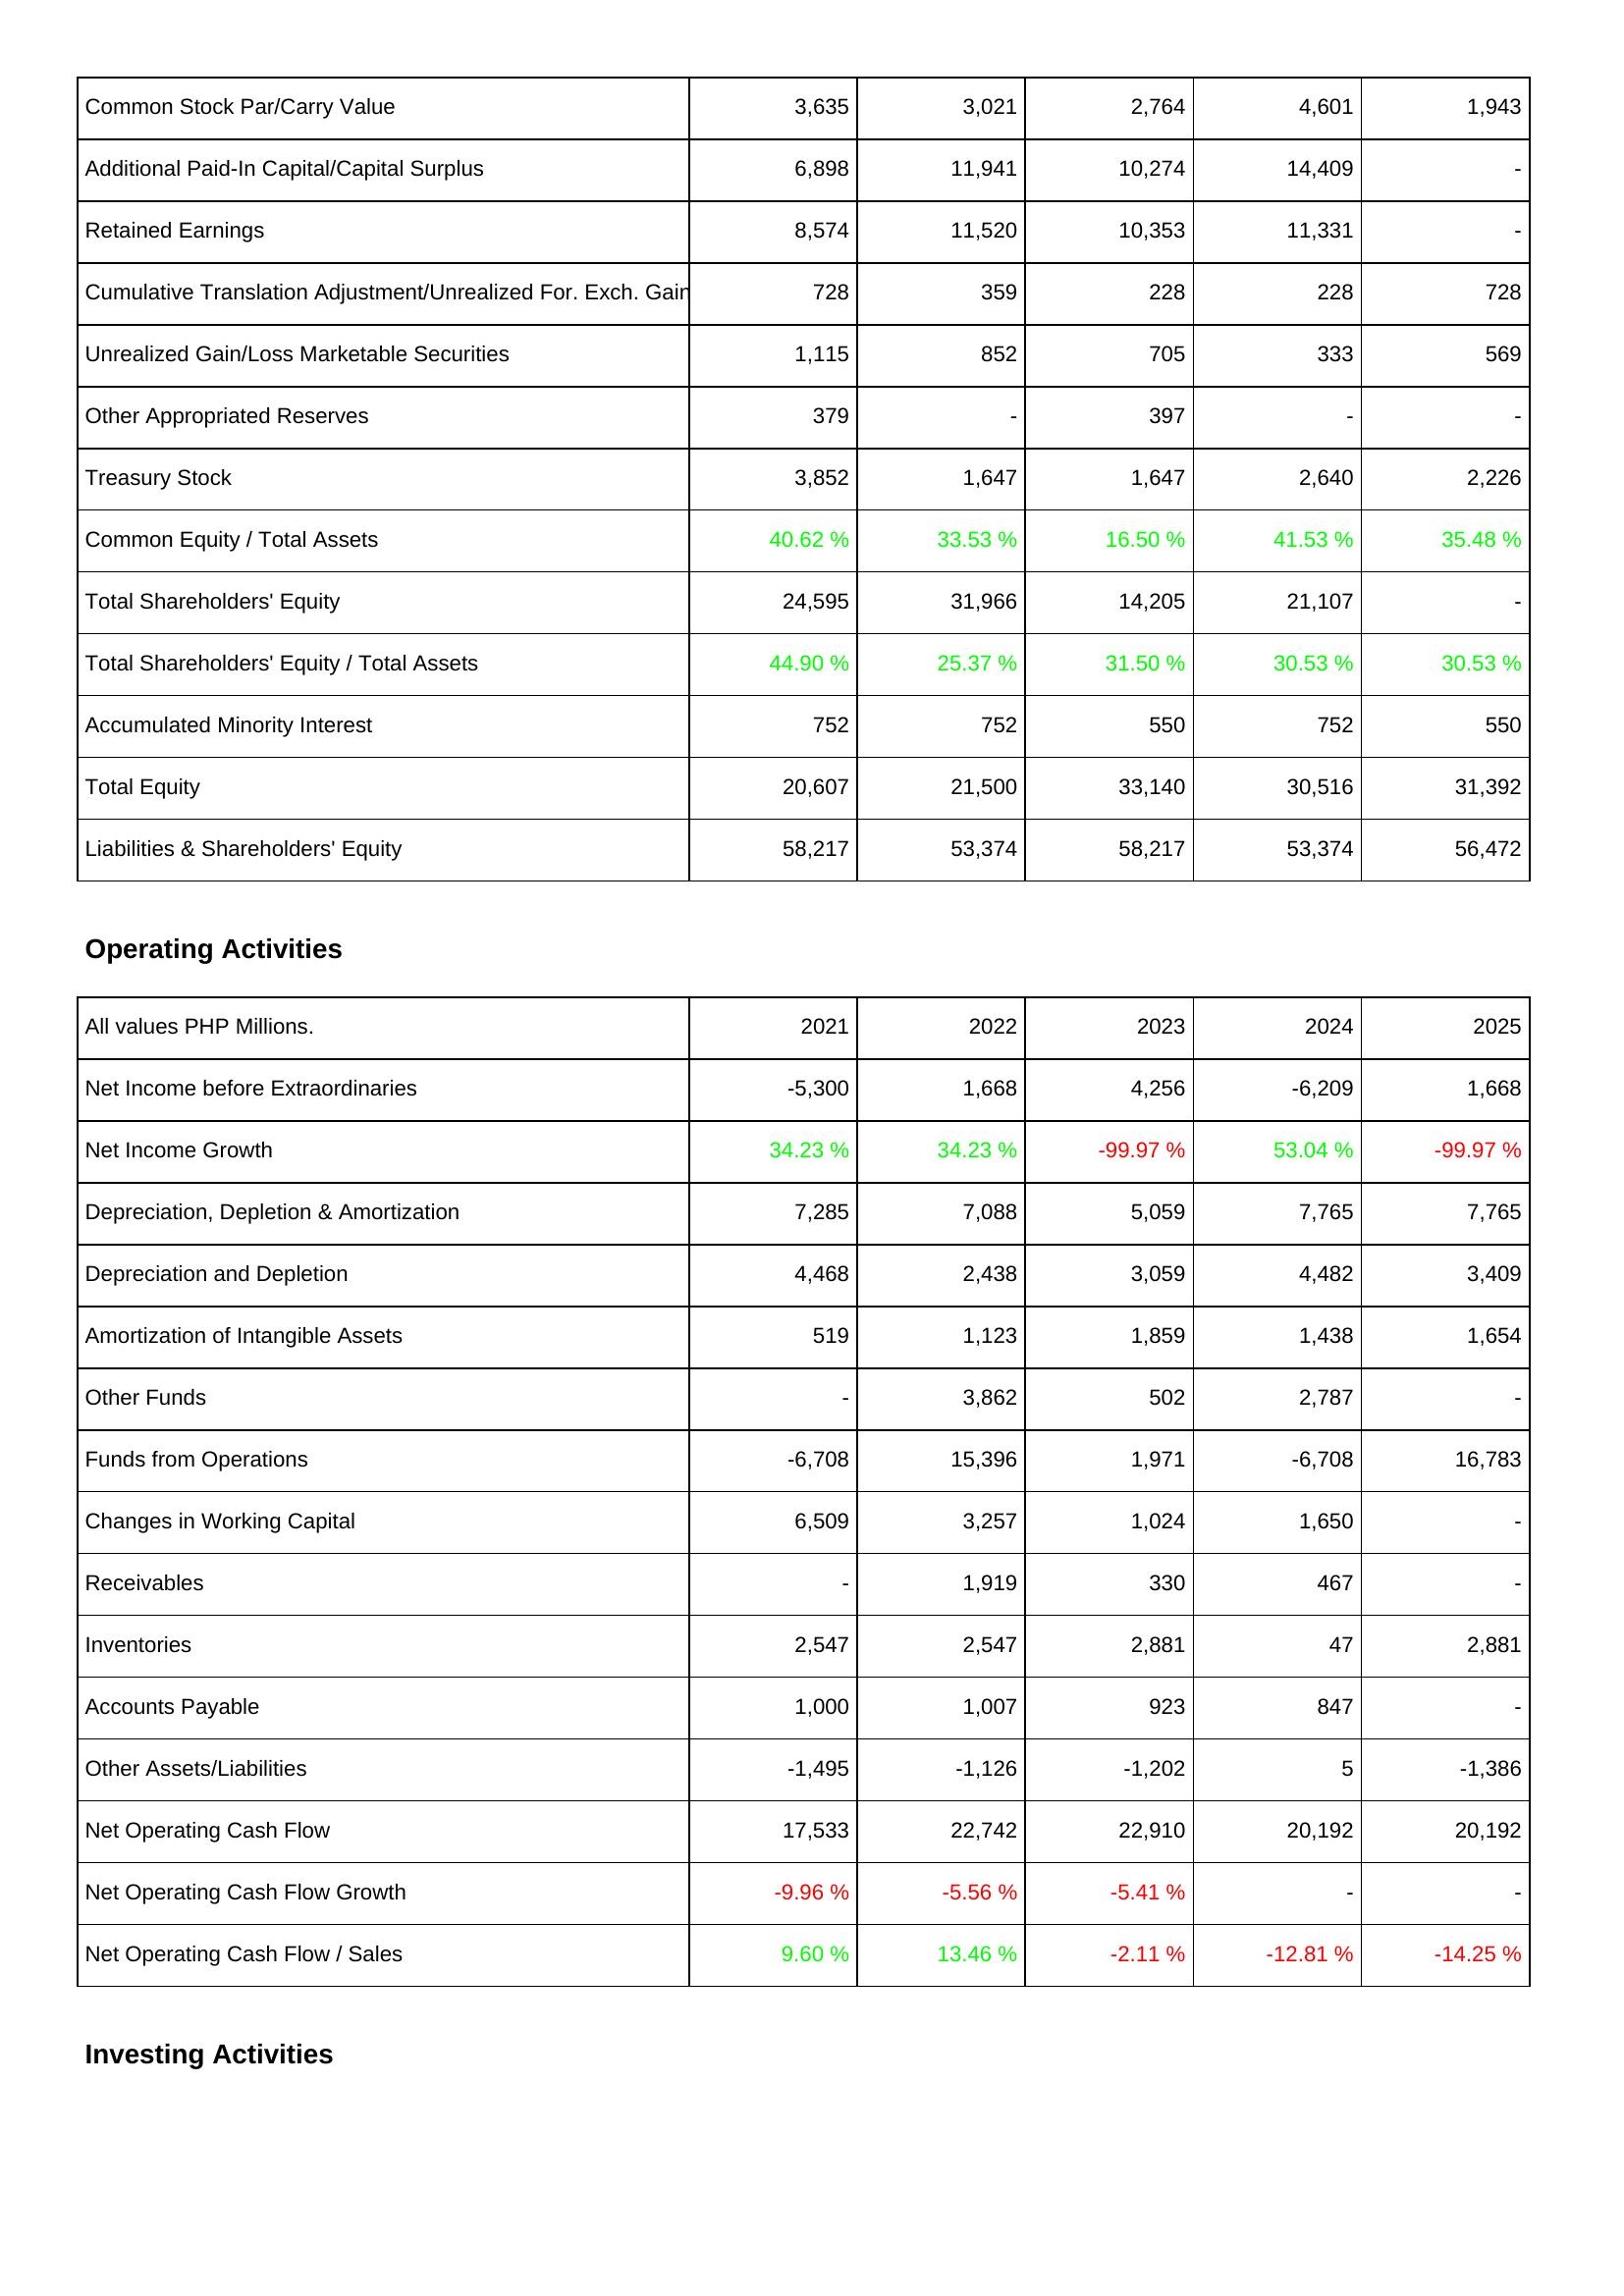
2021: Liabilities & Shareholders' Equity: Common Stock Par/Carry Value: 3,635
Additional Paid-In Capital/Capital Surplus: 6,898
Retained Earnings: 8,574
Cumulative Translation Adjustment/Unrealized For. Exch. Gain: 728
Unrealized Gain/Loss Marketable Securities: 1,115
Other Appropriated Reserves: 379
Treasury Stock: 3,852
Common Equity / Total Assets: 40.62 %
Total Shareholders' Equity: 24,595
Total Shareholders' Equity / Total Assets: 44.90 %
Accumulated Minority Interest: 752
Total Equity: 20,607
Liabilities & Shareholders' Equity: 58,217
Operating Activities: Net Income before Extraordinaries: -5,300
Net Income Growth: 34.23 %
Depreciation, Depletion & Amortization: 7,285
Depreciation and Depletion: 4,468
Amortization of Intangible Assets: 519
Other Funds: -
Funds from Operations: -6,708
Changes in Working Capital: 6,509
Receivables: -
Inventories: 2,547
Accounts Payable: 1,000
Other Assets/Liabilities: -1,495
Net Operating Cash Flow: 17,533
Net Operating Cash Flow Growth: -9.96 %
Net Operating Cash Flow / Sales: 9.60 %
2022: Liabilities & Shareholders' Equity: Common Stock Par/Carry Value: 3,021
Additional Paid-In Capital/Capital Surplus: 11,941
Retained Earnings: 11,520
Cumulative Translation Adjustment/Unrealized For. Exch. Gain: 359
Unrealized Gain/Loss Marketable Securities: 852
Other Appropriated Reserves: -
Treasury Stock: 1,647
Common Equity / Total Assets: 33.53 %
Total Shareholders' Equity: 31,966
Total Shareholders' Equity / Total Assets: 25.37 %
Accumulated Minority Interest: 752
Total Equity: 21,500
Liabilities & Shareholders' Equity: 53,374
Operating Activities: Net Income before Extraordinaries: 1,668
Net Income Growth: 34.23 %
Depreciation, Depletion & Amortization: 7,088
Depreciation and Depletion: 2,438
Amortization of Intangible Assets: 1,123
Other Funds: 3,862
Funds from Operations: 15,396
Changes in Working Capital: 3,257
Receivables: 1,919
Inventories: 2,547
Accounts Payable: 1,007
Other Assets/Liabilities: -1,126
Net Operating Cash Flow: 22,742
Net Operating Cash Flow Growth: -5.56 %
Net Operating Cash Flow / Sales: 13.46 %
2023: Liabilities & Shareholders' Equity: Common Stock Par/Carry Value: 2,764
Additional Paid-In Capital/Capital Surplus: 10,274
Retained Earnings: 10,353
Cumulative Translation Adjustment/Unrealized For. Exch. Gain: 228
Unrealized Gain/Loss Marketable Securities: 705
Other Appropriated Reserves: 397
Treasury Stock: 1,647
Common Equity / Total Assets: 16.50 %
Total Shareholders' Equity: 14,205
Total Shareholders' Equity / Total Assets: 31.50 %
Accumulated Minority Interest: 550
Total Equity: 33,140
Liabilities & Shareholders' Equity: 58,217
Operating Activities: Net Income before Extraordinaries: 4,256
Net Income Growth: -99.97 %
Depreciation, Depletion & Amortization: 5,059
Depreciation and Depletion: 3,059
Amortization of Intangible Assets: 1,859
Other Funds: 502
Funds from Operations: 1,971
Changes in Working Capital: 1,024
Receivables: 330
Inventories: 2,881
Accounts Payable: 923
Other Assets/Liabilities: -1,202
Net Operating Cash Flow: 22,910
Net Operating Cash Flow Growth: -5.41 %
Net Operating Cash Flow / Sales: -2.11 %
2024: Liabilities & Shareholders' Equity: Common Stock Par/Carry Value: 4,601
Additional Paid-In Capital/Capital Surplus: 14,409
Retained Earnings: 11,331
Cumulative Translation Adjustment/Unrealized For. Exch. Gain: 228
Unrealized Gain/Loss Marketable Securities: 333
Other Appropriated Reserves: -
Treasury Stock: 2,640
Common Equity / Total Assets: 41.53 %
Total Shareholders' Equity: 21,107
Total Shareholders' Equity / Total Assets: 30.53 %
Accumulated Minority Interest: 752
Total Equity: 30,516
Liabilities & Shareholders' Equity: 53,374
Operating Activities: Net Income before Extraordinaries: -6,209
Net Income Growth: 53.04 %
Depreciation, Depletion & Amortization: 7,765
Depreciation and Depletion: 4,482
Amortization of Intangible Assets: 1,438
Other Funds: 2,787
Funds from Operations: -6,708
Changes in Working Capital: 1,650
Receivables: 467
Inventories: 47
Accounts Payable: 847
Other Assets/Liabilities: 5
Net Operating Cash Flow: 20,192
Net Operating Cash Flow Growth: -
Net Operating Cash Flow / Sales: -12.81 %
2025: Liabilities & Shareholders' Equity: Common Stock Par/Carry Value: 1,943
Additional Paid-In Capital/Capital Surplus: -
Retained Earnings: -
Cumulative Translation Adjustment/Unrealized For. Exch. Gain: 728
Unrealized Gain/Loss Marketable Securities: 569
Other Appropriated Reserves: -
Treasury Stock: 2,226
Common Equity / Total Assets: 35.48 %
Total Shareholders' Equity: -
Total Shareholders' Equity / Total Assets: 30.53 %
Accumulated Minority Interest: 550
Total Equity: 31,392
Liabilities & Shareholders' Equity: 56,472
Operating Activities: Net Income before Extraordinaries: 1,668
Net Income Growth: -99.97 %
Depreciation, Depletion & Amortization: 7,765
Depreciation and Depletion: 3,409
Amortization of Intangible Assets: 1,654
Other Funds: -
Funds from Operations: 16,783
Changes in Working Capital: -
Receivables: -
Inventories: 2,881
Accounts Payable: -
Other Assets/Liabilities: -1,386
Net Operating Cash Flow: 20,192
Net Operating Cash Flow Growth: -
Net Operating Cash Flow / Sales: -14.25 %